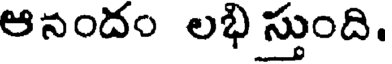
ఆనందం లభి స్తుంది.